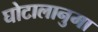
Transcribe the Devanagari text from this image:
घोटालानुमा